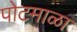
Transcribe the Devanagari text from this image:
पोटमाळा